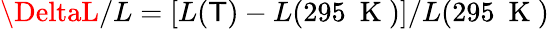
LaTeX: \DeltaL/L=\left[L(\mathsf{T})-L(295~\mathrm{{~K~}})\right]/L(295~\mathrm{{~K~}})